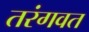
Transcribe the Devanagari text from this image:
तरंगवत